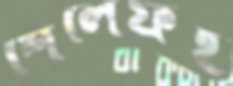
শেলেফই